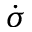
\dot { \sigma }